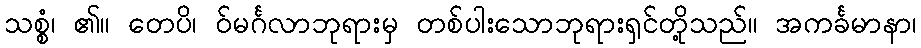
သစ္စံ၊ ၏။ တေပိ၊ ဝ်မင်္ဂလာဘုရားမှ တစ်ပါးသောဘုရားရှင်တို့သည်။ အကင်္ခမာနာ၊